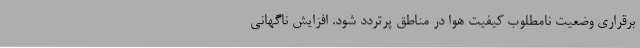
برقراری وضعیت نامطلوب کیفیت هوا در مناطق پرتردد ‌شود. افزایش ناگهانی